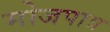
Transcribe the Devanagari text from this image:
मोजपात्र